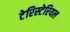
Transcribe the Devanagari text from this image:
टेरिस्टेरियल